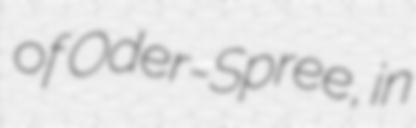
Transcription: of Oder-Spree, in